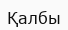
Қалбы